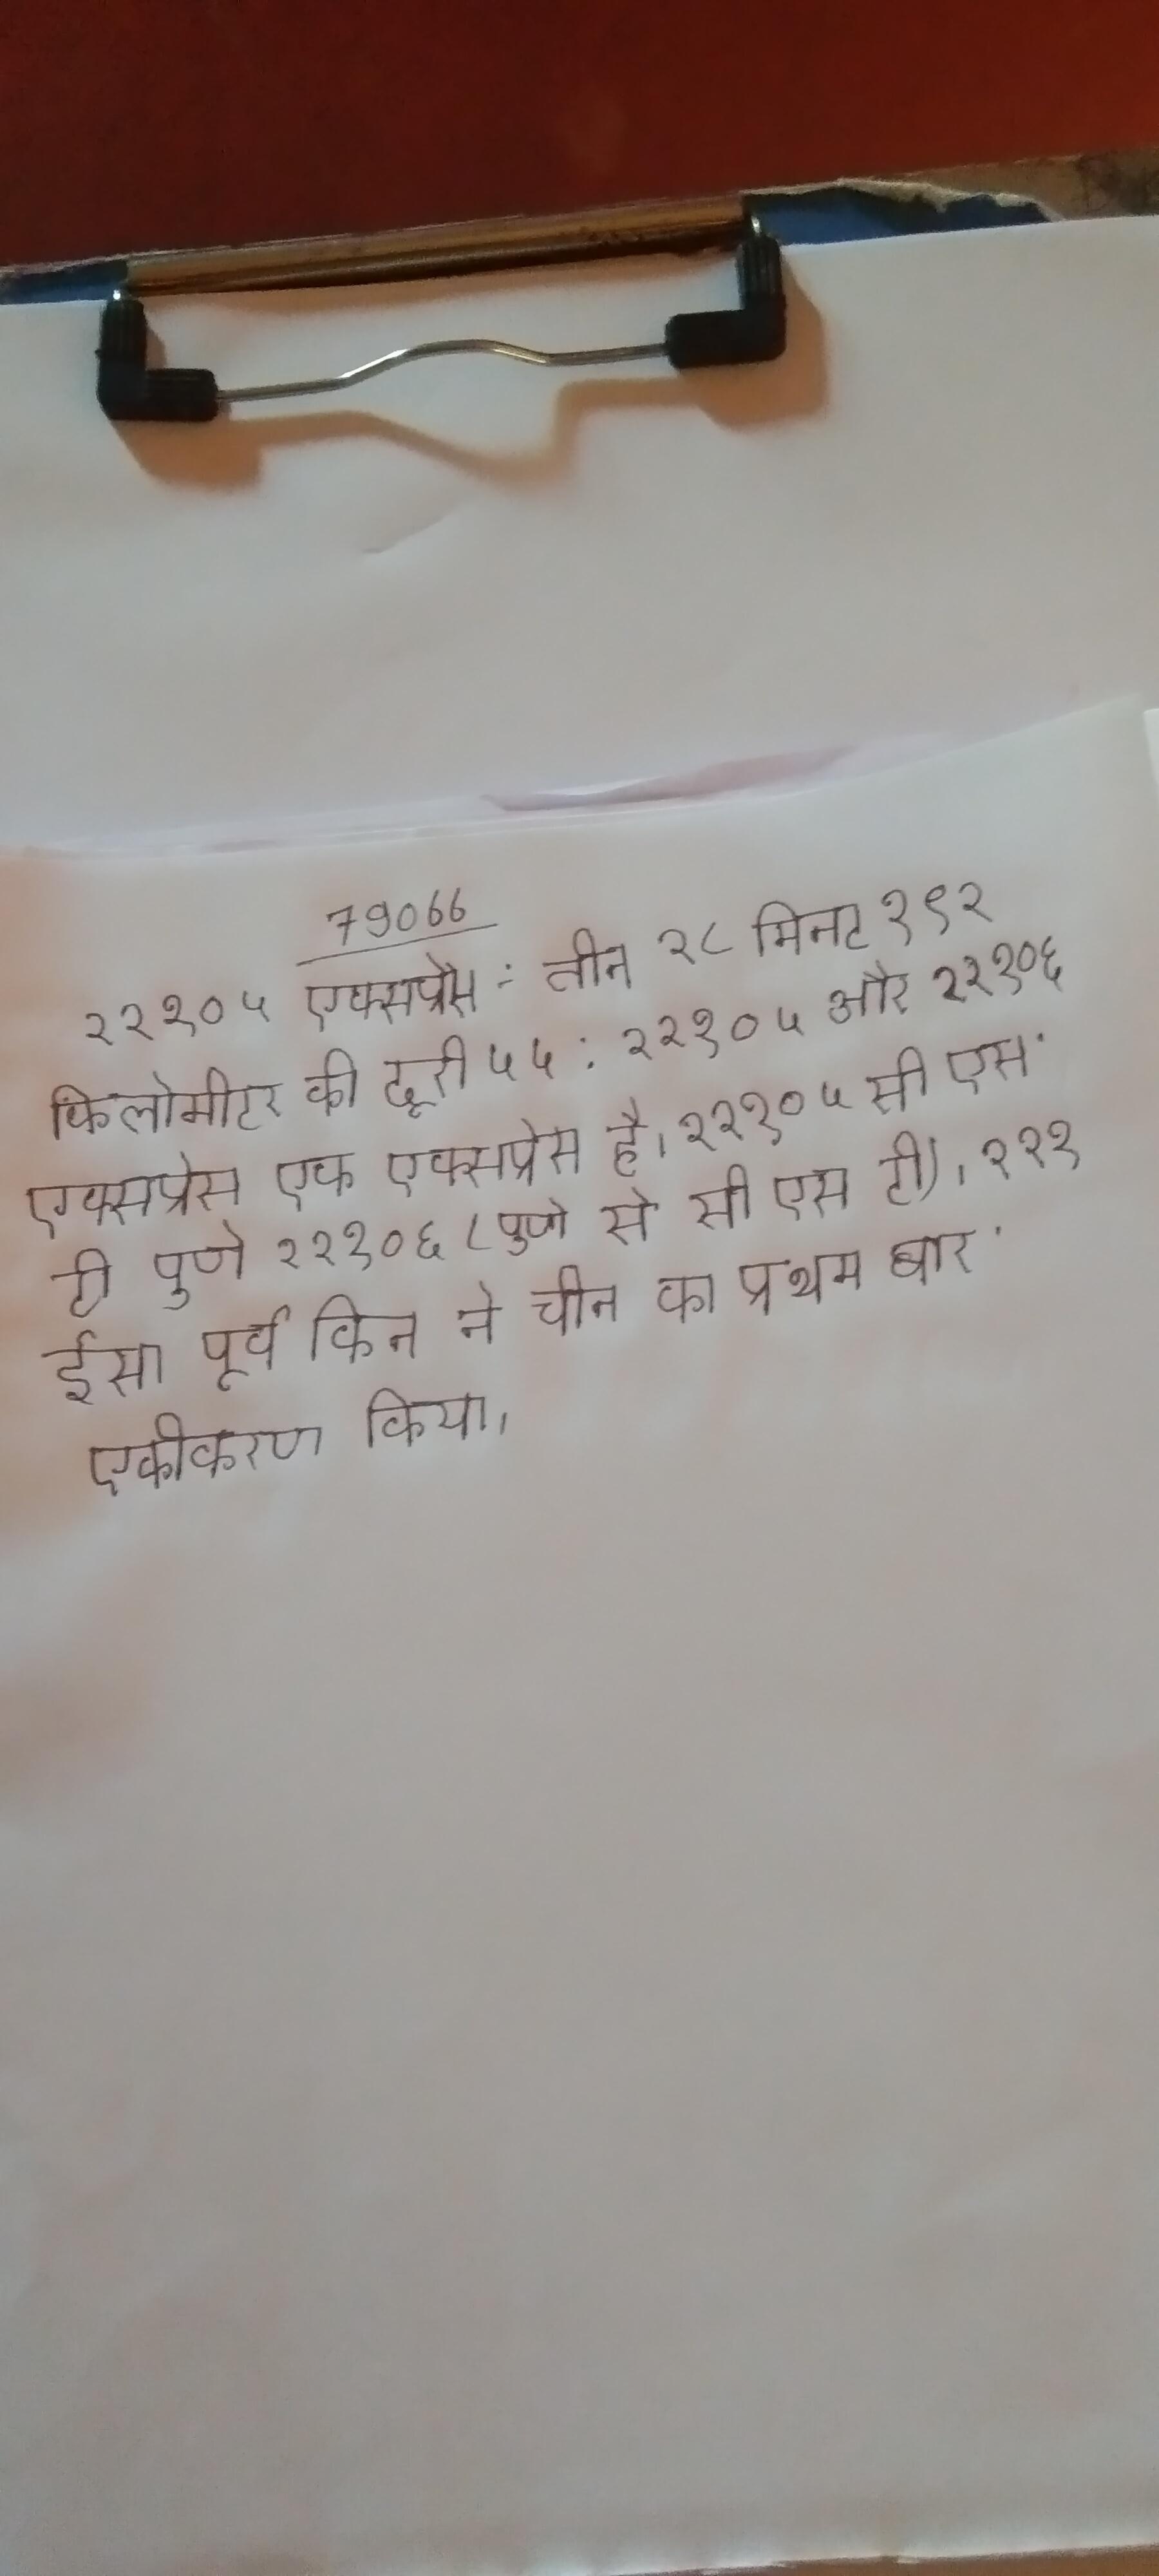
२२१०५ एक्सप्रेस - तीन २८ मिनट १९२ किलोमीटर की दूरी ५५ . २२१०५ और २२१०६ एक्सप्रेस एक एक्सप्रेस है । २२१०५ सी एस टी पुणे २२१०६ (पुणे से सी एस टी) । २२१ ईसा पूर्व किन ने चीन का प्रथम बार एकीकरण किया ।